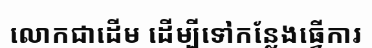
លោកជាដើម ដើម្បីទៅកន្លែងធ្វើការ